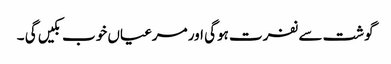
گوشت سے نفرت ہوگی اور مرغیاں خوب بکیں گی ۔